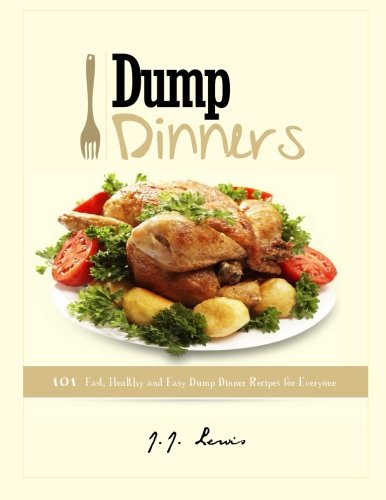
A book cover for Dump Dinners: 101 Fast, Healthy and Easy Dump Dinner Recipes for Everyone; J.J. Lewis; Cookbooks, Food & Wine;